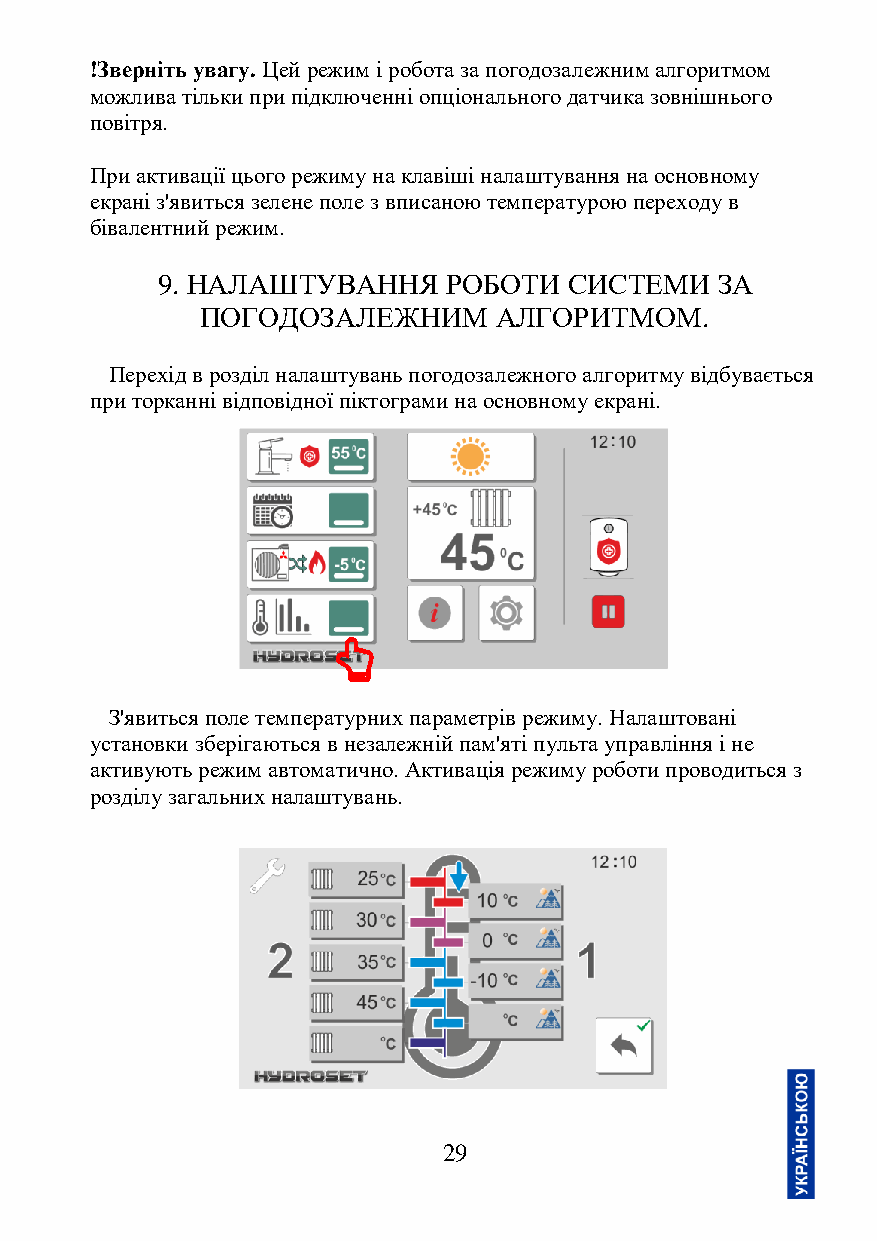
!Зверніть увагу. Цей режим і робота за погодозалежним алгоритмом
 можлива тільки при підключенні опціонального датчика зовнішнього
 повітря.
 При активації цього режиму на клавіші налаштування на основному
 екрані з'явиться зелене поле з вписаною температурою переходу в
 бівалентний режим.
 9. НАЛАШТУВАННЯ     РОБОТИ  СИСТЕМИ   ЗА
 ПОГОДОЗАЛЕЖНИМ      АЛГОРИТМОМ.
 Перехід в розділ налаштувань погодозалежного алгоритму відбувається
 при торканні відповідної піктограми на основному екрані.
 З'явиться поле температурних параметрів режиму. Налаштовані
 установки зберігаються в незалежній пам'яті пульта управління і не
 активують режим автоматично. Активація режиму роботи проводиться з
 розділу загальних налаштувань.
 29